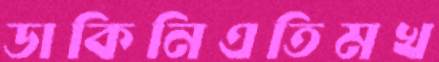
ডাকিনিএতিমখ